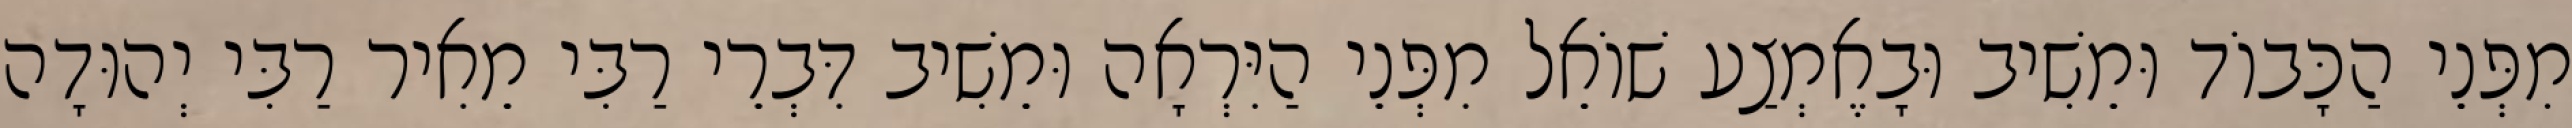
מִפְּנֵי הַכָּבוֹד וּמֵשִׁיב וּבָאֶמְצַע שׁוֹאֵל מִפְּנֵי הַיִּרְאָה וּמֵשִׁיב דִּבְרֵי רַבִּי מֵאִיר רַבִּי יְהוּדָה